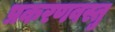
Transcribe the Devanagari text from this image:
प्रकरणवस्तु